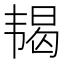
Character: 𬰵